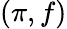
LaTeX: (\pi,f)